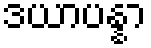
ဒယာပန္နာ